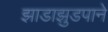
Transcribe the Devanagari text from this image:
झाडाझुडपाने